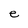
Character: e